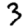
Digit: 3